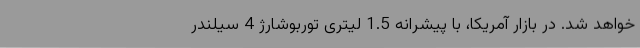
خواهد شد. در بازار آمریکا، با پیشرانه 1.5 لیتری توربوشارژ 4 سیلندر